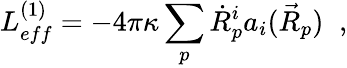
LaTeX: L_{eff}^{(1)}=-4\pi\kappa\sum_{p}\dot{R}_{p}^{i}a_{i}(\vec{R}_{p})\; \; ,